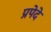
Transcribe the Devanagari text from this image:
प्रपेदे